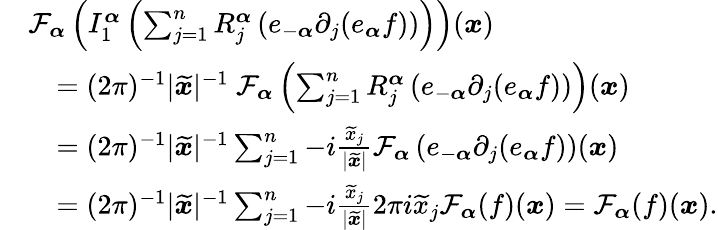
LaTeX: \begin{array}{rl}&{\mathcal{F}_{\boldsymbol{\alpha}}\left(I_{1}^{\boldsymbol{\alpha}}\left(\sum_{j=1}^{n}R_{j}^{\boldsymbol{\alpha}}\left(e_{-\boldsymbol{\alpha}}\partial_{j}(e_{\boldsymbol{\alpha}}f)\right)\right)\right)(\boldsymbol{x})}\\ &{\quad=(2\pi)^{-1}|\widetilde{\boldsymbol{x}}|^{-1}\ \mathcal{F}_{\boldsymbol{\alpha}}\left(\sum_{j=1}^{n}R_{j}^{\boldsymbol{\alpha}}\left(e_{-\boldsymbol{\alpha}}\partial_{j}(e_{\boldsymbol{\alpha}}f)\right)\right)(\boldsymbol{x})}\\ &{\quad=(2\pi)^{-1}|\widetilde{\boldsymbol{x}}|^{-1}\sum_{j=1}^{n}-i\frac{\widetilde{x}_{j}}{|\widetilde{\boldsymbol{x}}|}\mathcal{F}_{\boldsymbol{\alpha}}\left(e_{-\boldsymbol{\alpha}}\partial_{j}(e_{\boldsymbol{\alpha}}f)\right)(\boldsymbol{x})}\\ &{\quad=(2\pi)^{-1}|\widetilde{\boldsymbol{x}}|^{-1}\sum_{j=1}^{n}-i\frac{\widetilde{x}_{j}}{|\widetilde{\boldsymbol{x}}|}2\pi i\widetilde{x}_{j}\mathcal{F}_{\boldsymbol{\alpha}}(f)(\boldsymbol{x})=\mathcal{F}_{\boldsymbol{\alpha}}(f)(\boldsymbol{x}).}\end{array}